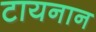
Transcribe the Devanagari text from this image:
टायनान